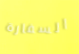
السفارة